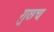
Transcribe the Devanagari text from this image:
गुछच